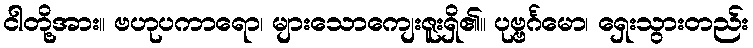
ငါတို့အား။ ဗဟုပကာရော၊ များသောကျေးဇူးရှိ၏။ ပုဗ္ဗင်္ဂမော၊ ရှေးသွားတည်း